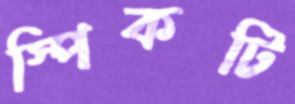
স্পিকটি